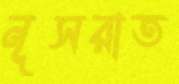
নূসরাত